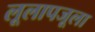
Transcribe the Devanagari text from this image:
लूलापजूला